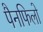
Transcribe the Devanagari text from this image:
पैनफिलो